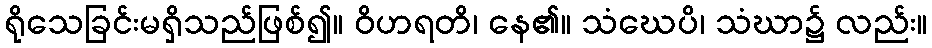
ရိုသေခြင်းမရှိသည်ဖြစ်၍။ ဝိဟရတိ၊ နေ၏။ သံဃေပိ၊ သံဃာ၌ လည်း။